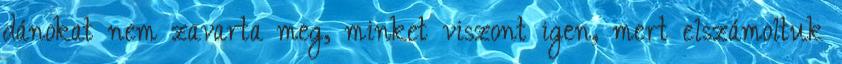
dánokat nem zavarta meg, minket viszont igen, mert elszámoltuk